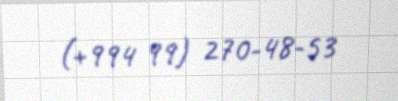
(+994 99) 270-48-53